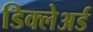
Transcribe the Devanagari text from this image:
डिक्‍लेअर्ड